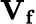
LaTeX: \mathbf{V_{f}}